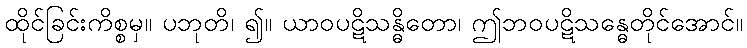
ထိုင်ခြင်းကိစ္စမှ။ ပဘုတိ၊ ၍။ ယာဝပဋိသန္ဓိတော၊ ဤဘဝပဋိသန္ဓေတိုင်အောင်။